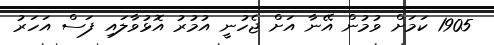
1905 ކަމަށް ވުމުން އޭނާ އަށް ޖެހުނީ އުމުރު އޮޅުވާލައި ފަސް އަހަރު